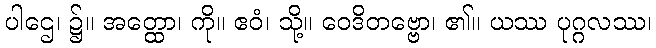
ပါဌေ၊ ၌။ အတ္ထော၊ ကို။ ဧဝံ၊ သို့။ ဝေဒိတဗ္ဗော၊ ၏။ ယဿ ပုဂ္ဂလဿ၊